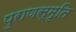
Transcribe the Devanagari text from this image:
पुराणस्मृति